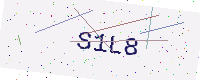
Text: S1L8